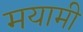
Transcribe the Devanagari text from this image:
मयामी